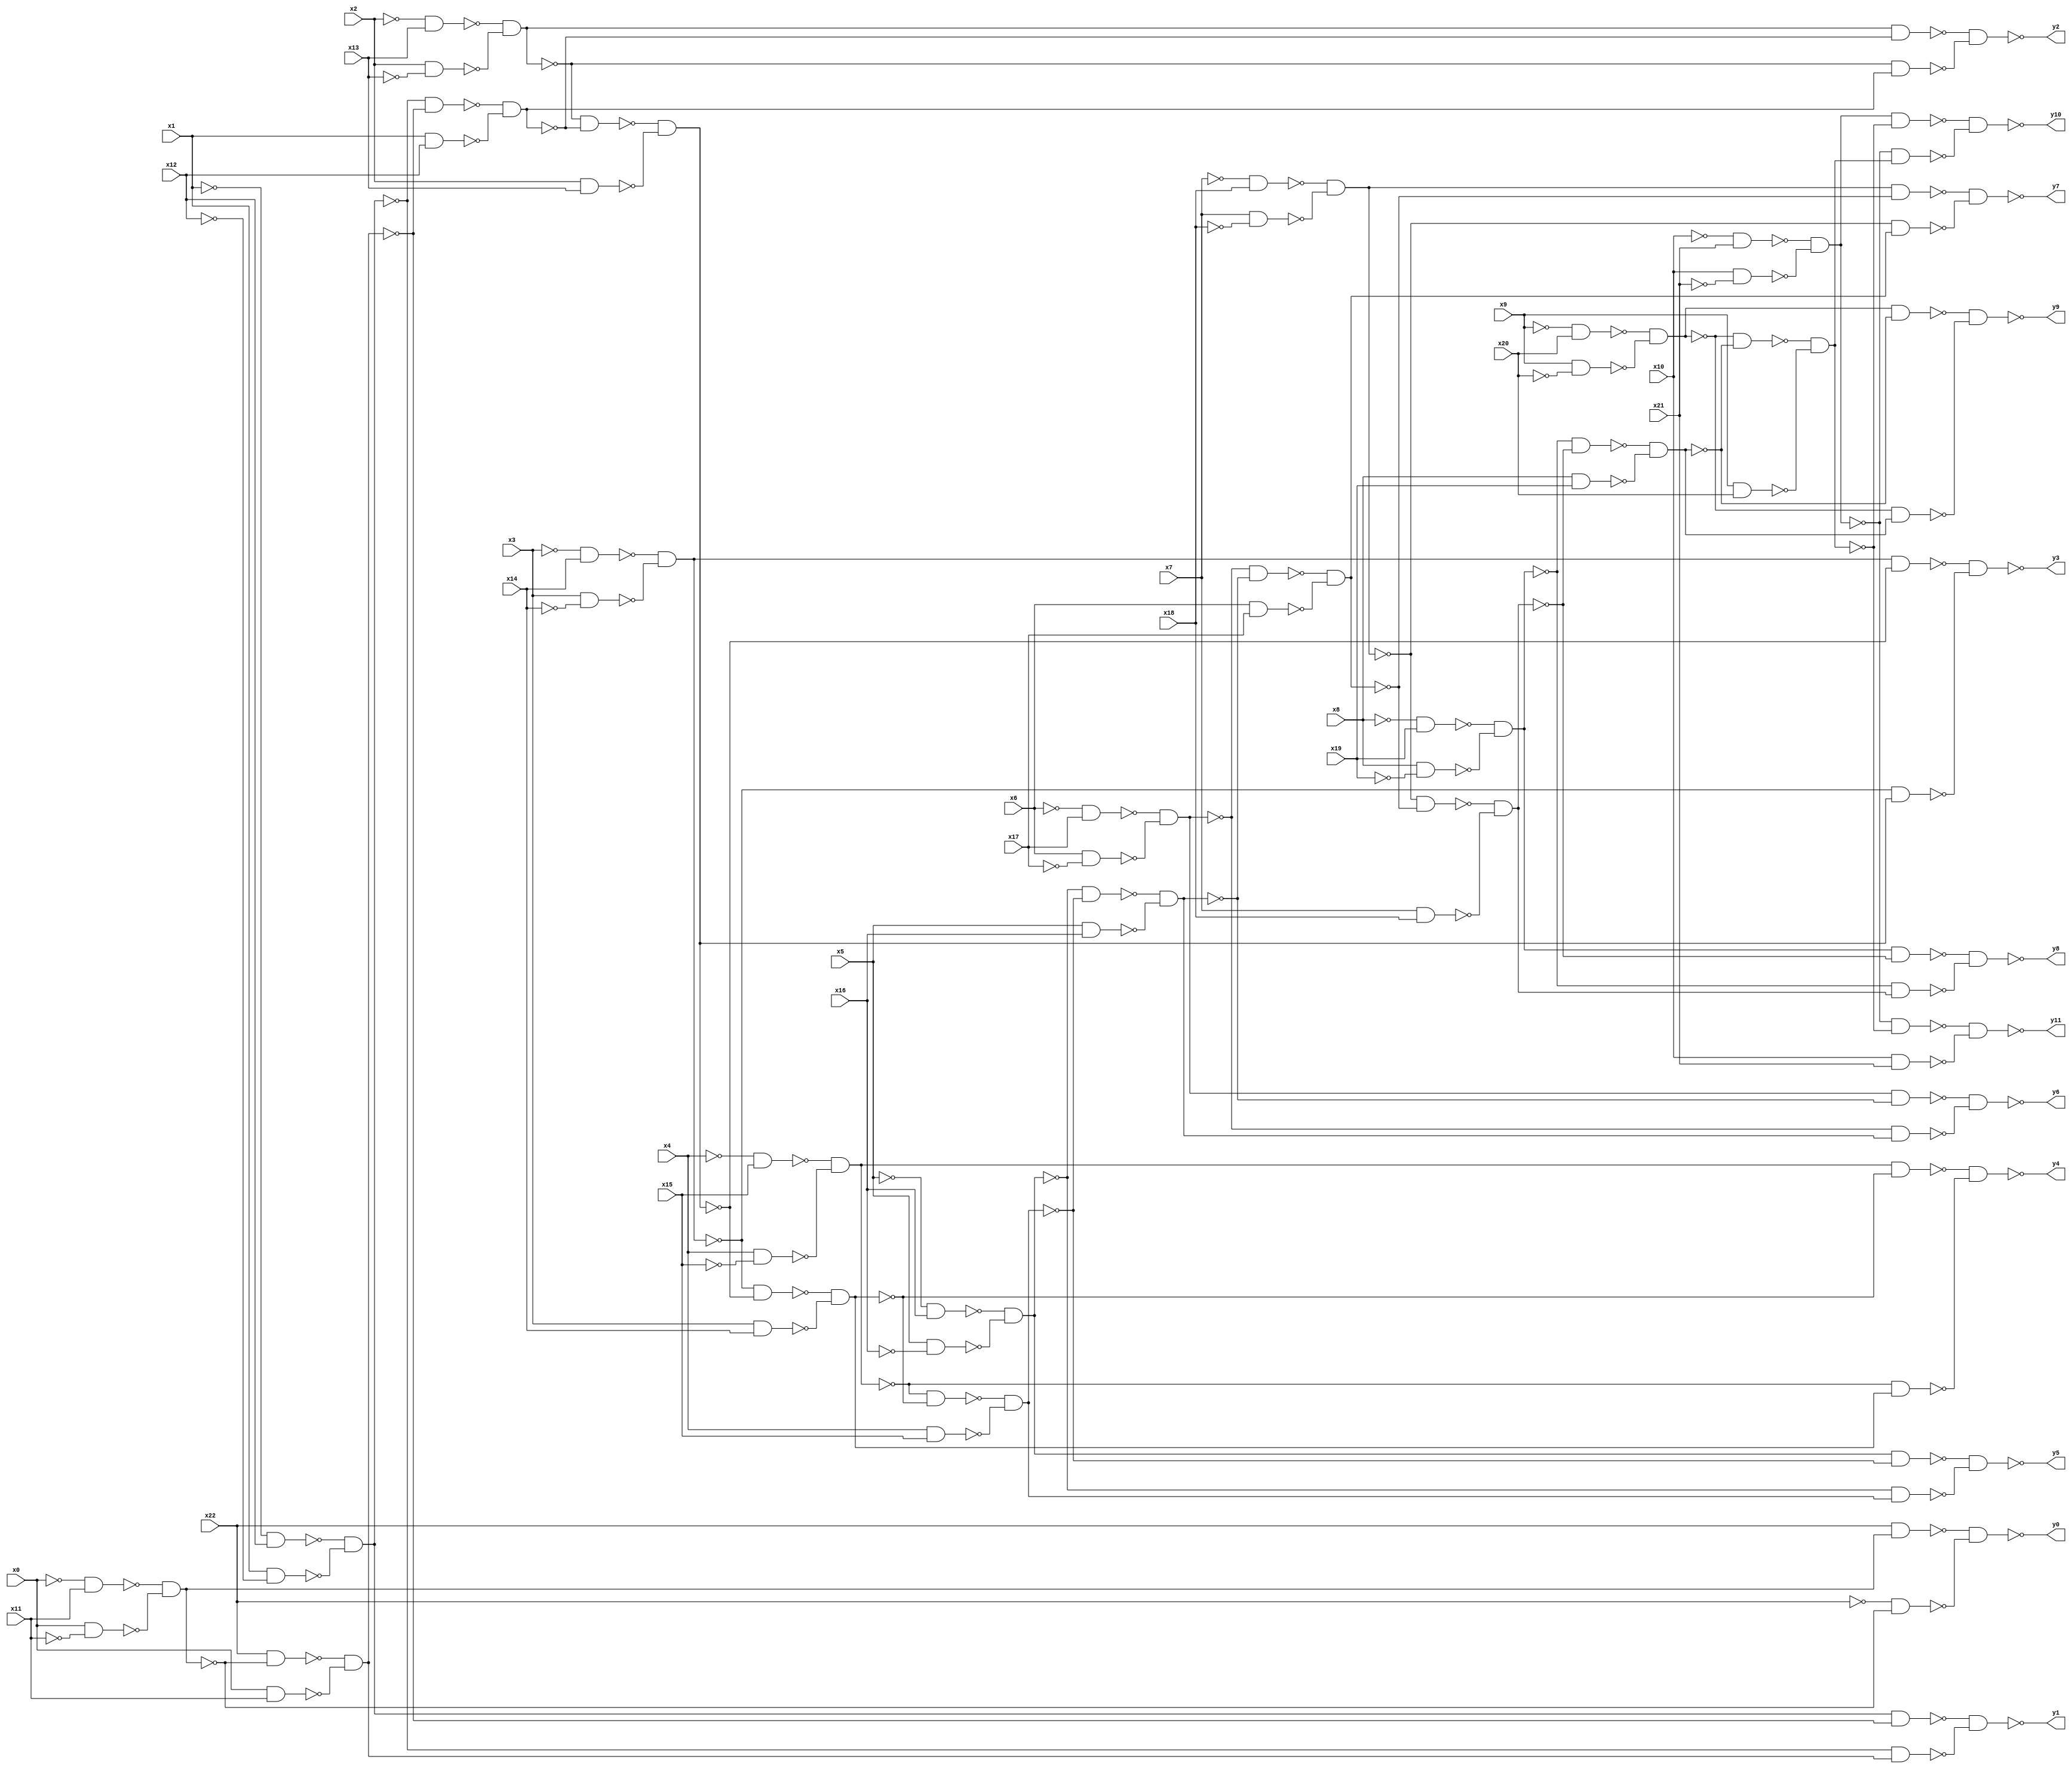
module top(x0, x1, x2, x3, x4, x5, x6, x7, x8, x9, x10, x11, x12, x13, x14, x15, x16, x17, x18, x19, x20, x21, x22, y0, y1, y2, y3, y4, y5, y6, y7, y8, y9, y10, y11);
  input x0, x1, x2, x3, x4, x5, x6, x7, x8, x9, x10, x11, x12, x13, x14, x15, x16, x17, x18, x19, x20, x21, x22;
  output y0, y1, y2, y3, y4, y5, y6, y7, y8, y9, y10, y11;
  wire n24, n25, n26, n27, n28, n29, n30, n31, n32, n33, n34, n35, n36, n37, n38, n39, n40, n41, n42, n43, n44, n45, n46, n47, n48, n49, n50, n51, n52, n53, n54, n55, n56, n57, n58, n59, n60, n61, n62, n63, n64, n65, n66, n67, n68, n69, n70, n71, n72, n73, n74, n75, n76, n77, n78, n79, n80, n81, n82, n83, n84, n85, n86, n87, n88, n89, n90, n91, n92, n93, n94, n95, n96, n97, n98, n99, n100, n101, n102, n103, n104, n105, n106, n107, n108, n109, n110, n111, n112, n113, n114, n115, n116, n117, n118, n119, n120, n121, n122;
  assign n24 = ~x0 & x11;
  assign n25 = x0 & ~x11;
  assign n26 = ~n24 & ~n25;
  assign n27 = x22 & n26;
  assign n28 = ~x22 & ~n26;
  assign n29 = ~n27 & ~n28;
  assign n30 = ~x1 & x12;
  assign n31 = x1 & ~x12;
  assign n32 = ~n30 & ~n31;
  assign n33 = x22 & ~n26;
  assign n34 = x0 & x11;
  assign n35 = ~n33 & ~n34;
  assign n36 = n32 & ~n35;
  assign n37 = ~n32 & n35;
  assign n38 = ~n36 & ~n37;
  assign n39 = ~x2 & x13;
  assign n40 = x2 & ~x13;
  assign n41 = ~n39 & ~n40;
  assign n42 = ~n32 & ~n35;
  assign n43 = x1 & x12;
  assign n44 = ~n42 & ~n43;
  assign n45 = n41 & ~n44;
  assign n46 = ~n41 & n44;
  assign n47 = ~n45 & ~n46;
  assign n48 = ~x3 & x14;
  assign n49 = x3 & ~x14;
  assign n50 = ~n48 & ~n49;
  assign n51 = ~n41 & ~n44;
  assign n52 = x2 & x13;
  assign n53 = ~n51 & ~n52;
  assign n54 = n50 & ~n53;
  assign n55 = ~n50 & n53;
  assign n56 = ~n54 & ~n55;
  assign n57 = ~x4 & x15;
  assign n58 = x4 & ~x15;
  assign n59 = ~n57 & ~n58;
  assign n60 = ~n50 & ~n53;
  assign n61 = x3 & x14;
  assign n62 = ~n60 & ~n61;
  assign n63 = n59 & ~n62;
  assign n64 = ~n59 & n62;
  assign n65 = ~n63 & ~n64;
  assign n66 = ~x5 & x16;
  assign n67 = x5 & ~x16;
  assign n68 = ~n66 & ~n67;
  assign n69 = ~n59 & ~n62;
  assign n70 = x4 & x15;
  assign n71 = ~n69 & ~n70;
  assign n72 = n68 & ~n71;
  assign n73 = ~n68 & n71;
  assign n74 = ~n72 & ~n73;
  assign n75 = ~x6 & x17;
  assign n76 = x6 & ~x17;
  assign n77 = ~n75 & ~n76;
  assign n78 = ~n68 & ~n71;
  assign n79 = x5 & x16;
  assign n80 = ~n78 & ~n79;
  assign n81 = n77 & ~n80;
  assign n82 = ~n77 & n80;
  assign n83 = ~n81 & ~n82;
  assign n84 = ~x7 & x18;
  assign n85 = x7 & ~x18;
  assign n86 = ~n84 & ~n85;
  assign n87 = ~n77 & ~n80;
  assign n88 = x6 & x17;
  assign n89 = ~n87 & ~n88;
  assign n90 = n86 & ~n89;
  assign n91 = ~n86 & n89;
  assign n92 = ~n90 & ~n91;
  assign n93 = ~x8 & x19;
  assign n94 = x8 & ~x19;
  assign n95 = ~n93 & ~n94;
  assign n96 = ~n86 & ~n89;
  assign n97 = x7 & x18;
  assign n98 = ~n96 & ~n97;
  assign n99 = n95 & ~n98;
  assign n100 = ~n95 & n98;
  assign n101 = ~n99 & ~n100;
  assign n102 = ~x9 & x20;
  assign n103 = x9 & ~x20;
  assign n104 = ~n102 & ~n103;
  assign n105 = ~n95 & ~n98;
  assign n106 = x8 & x19;
  assign n107 = ~n105 & ~n106;
  assign n108 = n104 & ~n107;
  assign n109 = ~n104 & n107;
  assign n110 = ~n108 & ~n109;
  assign n111 = ~x10 & x21;
  assign n112 = x10 & ~x21;
  assign n113 = ~n111 & ~n112;
  assign n114 = ~n104 & ~n107;
  assign n115 = x9 & x20;
  assign n116 = ~n114 & ~n115;
  assign n117 = n113 & ~n116;
  assign n118 = ~n113 & n116;
  assign n119 = ~n117 & ~n118;
  assign n120 = ~n113 & ~n116;
  assign n121 = x10 & x21;
  assign n122 = ~n120 & ~n121;
  assign y0 = ~n29;
  assign y1 = ~n38;
  assign y2 = ~n47;
  assign y3 = ~n56;
  assign y4 = ~n65;
  assign y5 = ~n74;
  assign y6 = ~n83;
  assign y7 = ~n92;
  assign y8 = ~n101;
  assign y9 = ~n110;
  assign y10 = ~n119;
  assign y11 = ~n122;
endmodule